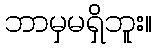
ဘာမှမရှိဘူး။